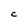
Character: C